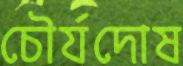
চৌর্যদোষ